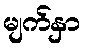
မျက်နှာ